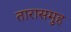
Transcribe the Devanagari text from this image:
तारासमुह